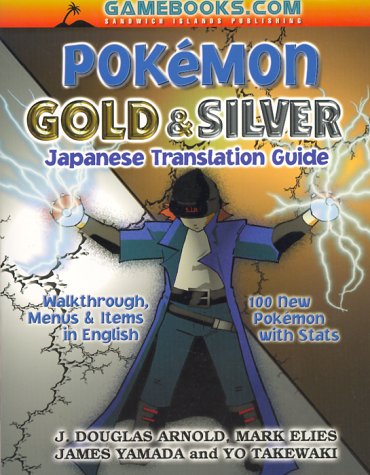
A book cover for Pokemon Gold and Silver Japanese Translation Guide; J. Douglas Arnold; Computers & Technology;